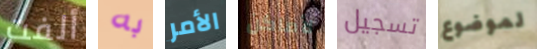
ألفت به الأمر لأماكن تسجيل لموضوع